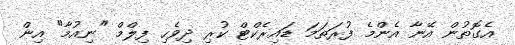
އެގޮތުން އޭނާ އެންމެ ފުރަތަމަ ޑައިރެކްޓް ކުރި ދިވެހި ފިލްމް "ނިއުމާ" އިން